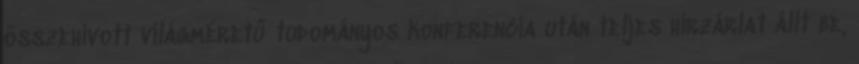
összehívott világméretű tudományos konferencia után teljes hírzárlat állt be,